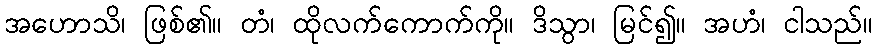
အဟောသိ၊ ဖြစ်၏။ တံ၊ ထိုလက်ကောက်ကို။ ဒိသွာ၊ မြင်၍။ အဟံ၊ ငါသည်။